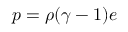
p = \rho ( \gamma - 1 ) e